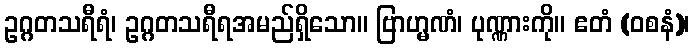
ဥဂ္ဂတသရီရံ၊ ဥဂ္ဂတသရီရအမည်ရှိသော။ ဗြာဟ္မဏံ၊ ပုဏ္ဏားကို။ ဧတံ (ဝစနံ)၊